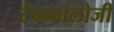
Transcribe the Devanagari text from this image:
टैकनालोजी